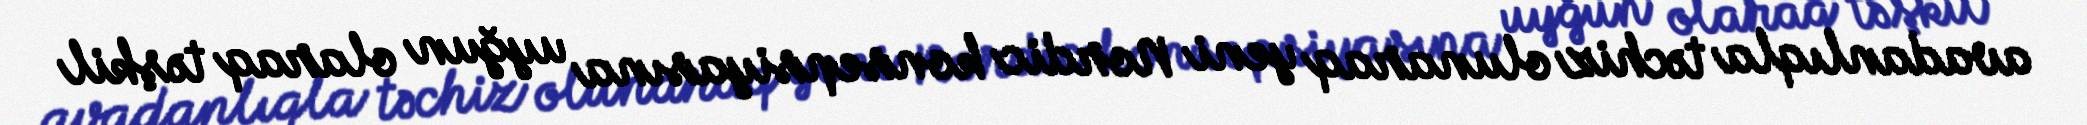
avadanlıqla təchiz olunaraq yeni Nordic konsepsiyasına uyğun olaraq təşkil